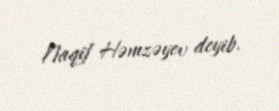
Naqif Həmzəyev deyib.